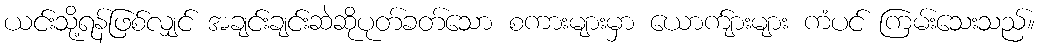
ယင်းသို့ရန်ဖြစ်လျှင် အချင်းချင်းဆဲဆိုပုတ်ခတ်သော စကားများမှာ ယောက်ျားများ ကံပင် ကြမ်းသေးသည်။